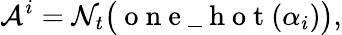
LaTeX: \mathcal{A}^{i}=\mathcal{N}_{t}\big(\mathrm{~o~n~e~\textunderscore~h~o~t~}(\alpha_{i})\big),